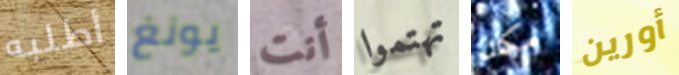
أطلبه يونغ أنت تهتموا مكان أورين